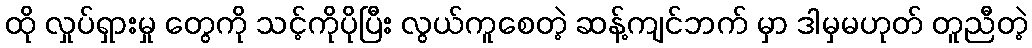
ထို လှုပ်ရှားမှု တွေကို သင့်ကိုပိုပြီး လွယ်ကူစေတဲ့ ဆန့်ကျင်ဘက် မှာ ဒါမှမဟုတ် တူညီတဲ့